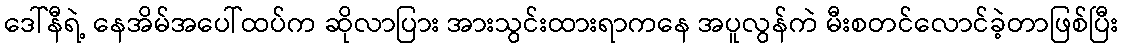
ဒေါ်နီရဲ့ နေအိမ်အပေါ်ထပ်က ဆိုလာပြား အားသွင်းထားရာကနေ အပူလွန်ကဲ မီးစတင်လောင်ခဲ့တာဖြစ်ပြီး